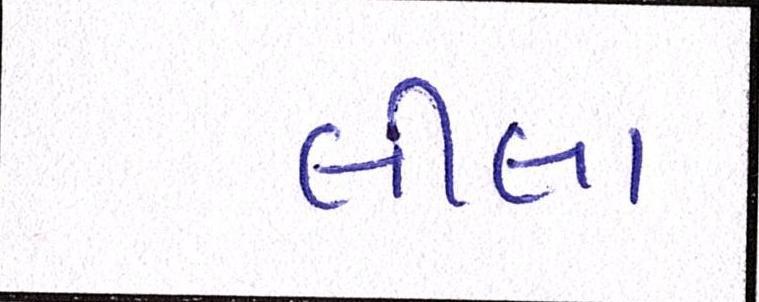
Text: લીલા